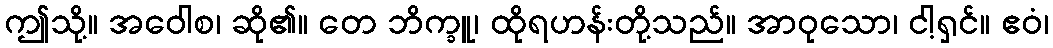
ဤသို့။ အဝေါစ၊ ဆို၏။ တေ ဘိက္ခူ၊ ထိုရဟန်းတို့သည်။ အာဝုသော၊ ငါ့ရှင်။ ဧဝံ၊